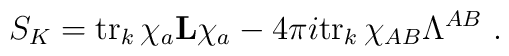
S_{K}={\rm tr}_k\,\chi_a{\bf L}\chi_a - 4\pi i {\rm tr}_{k}\,\chi_{AB}\Lambda^{AB}\ .